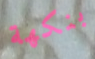
بنكهة